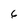
Character: 6